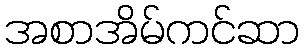
အစာအိမ်ကင်ဆာ